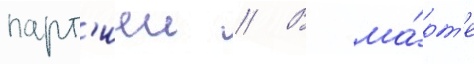
парт'иеи // В ма́рт'е